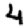
Digit: 4